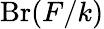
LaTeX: \operatorname{Br}(F/k)